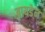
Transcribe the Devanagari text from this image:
ब्रायडेन